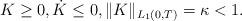
LaTeX: \begin{align*} K\geq 0,\dot K \leq 0, \| K\|_{L_1(0,T)}=\kappa<1.\end{align*}